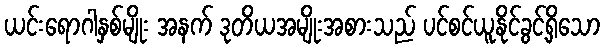
ယင်းရောဂါနှစ်မျိုး အနက် ဒုတိယအမျိုးအစားသည် ပင်စင်ယူနိုင်ခွင့်ရှိသော